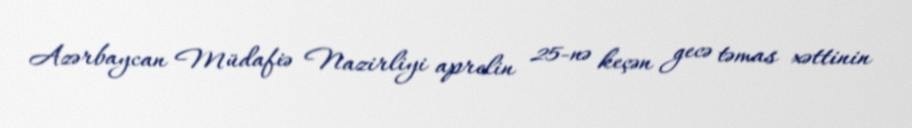
Azərbaycan Müdafiə Nazirliyi aprelin 25-nə keçən gecə təmas xəttinin